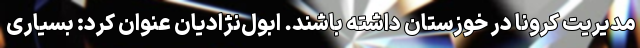
مدیریت کرونا در خوزستان داشته باشند. ابول‌نژادیان عنوان کرد: بسیاری